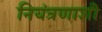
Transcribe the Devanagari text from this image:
नियंत्रणाशी